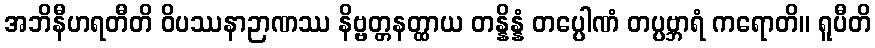
အဘိနီဟရတီတိ ဝိပဿနာဉာဏဿ နိဗ္ဗတ္တနတ္ထာယ တန္နိန္နံ တပ္ပေါဏံ တပ္ပဗ္ဘာရံ ကရောတိ။ ရူပီတိ